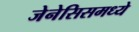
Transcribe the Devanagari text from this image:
जेनेसिसमध्ये